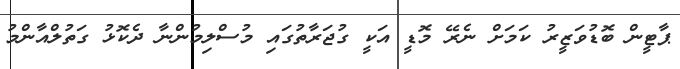
ޕާޓީން ބޮޑުވަޒީރު ކަމަށް ނެރޭ މޮޑީ އަކީ ގުޖަރާތުގައި މުސްލިމުންނާ ދެކޮޅު ގަތުލްއާންމު